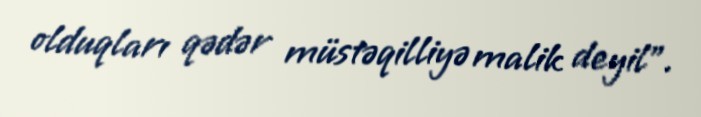
olduqları qədər müstəqilliyə malik deyil”.